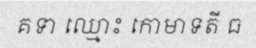
គទា ឈ្មោះ កោមាទតី ធ